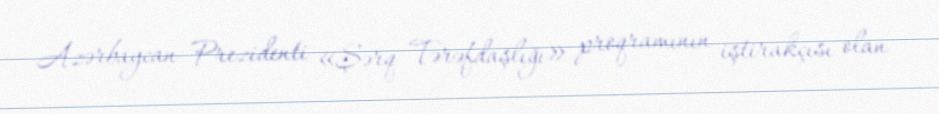
Azərbaycan Prezidenti «Şərq Tərəfdaşlığı» proqramının iştirakçısı olan